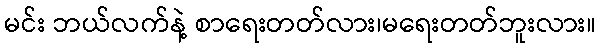
မင်း ဘယ်လက်နဲ့ စာရေးတတ်လား၊မရေးတတ်ဘူးလား။